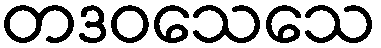
တဒဝသေသေ